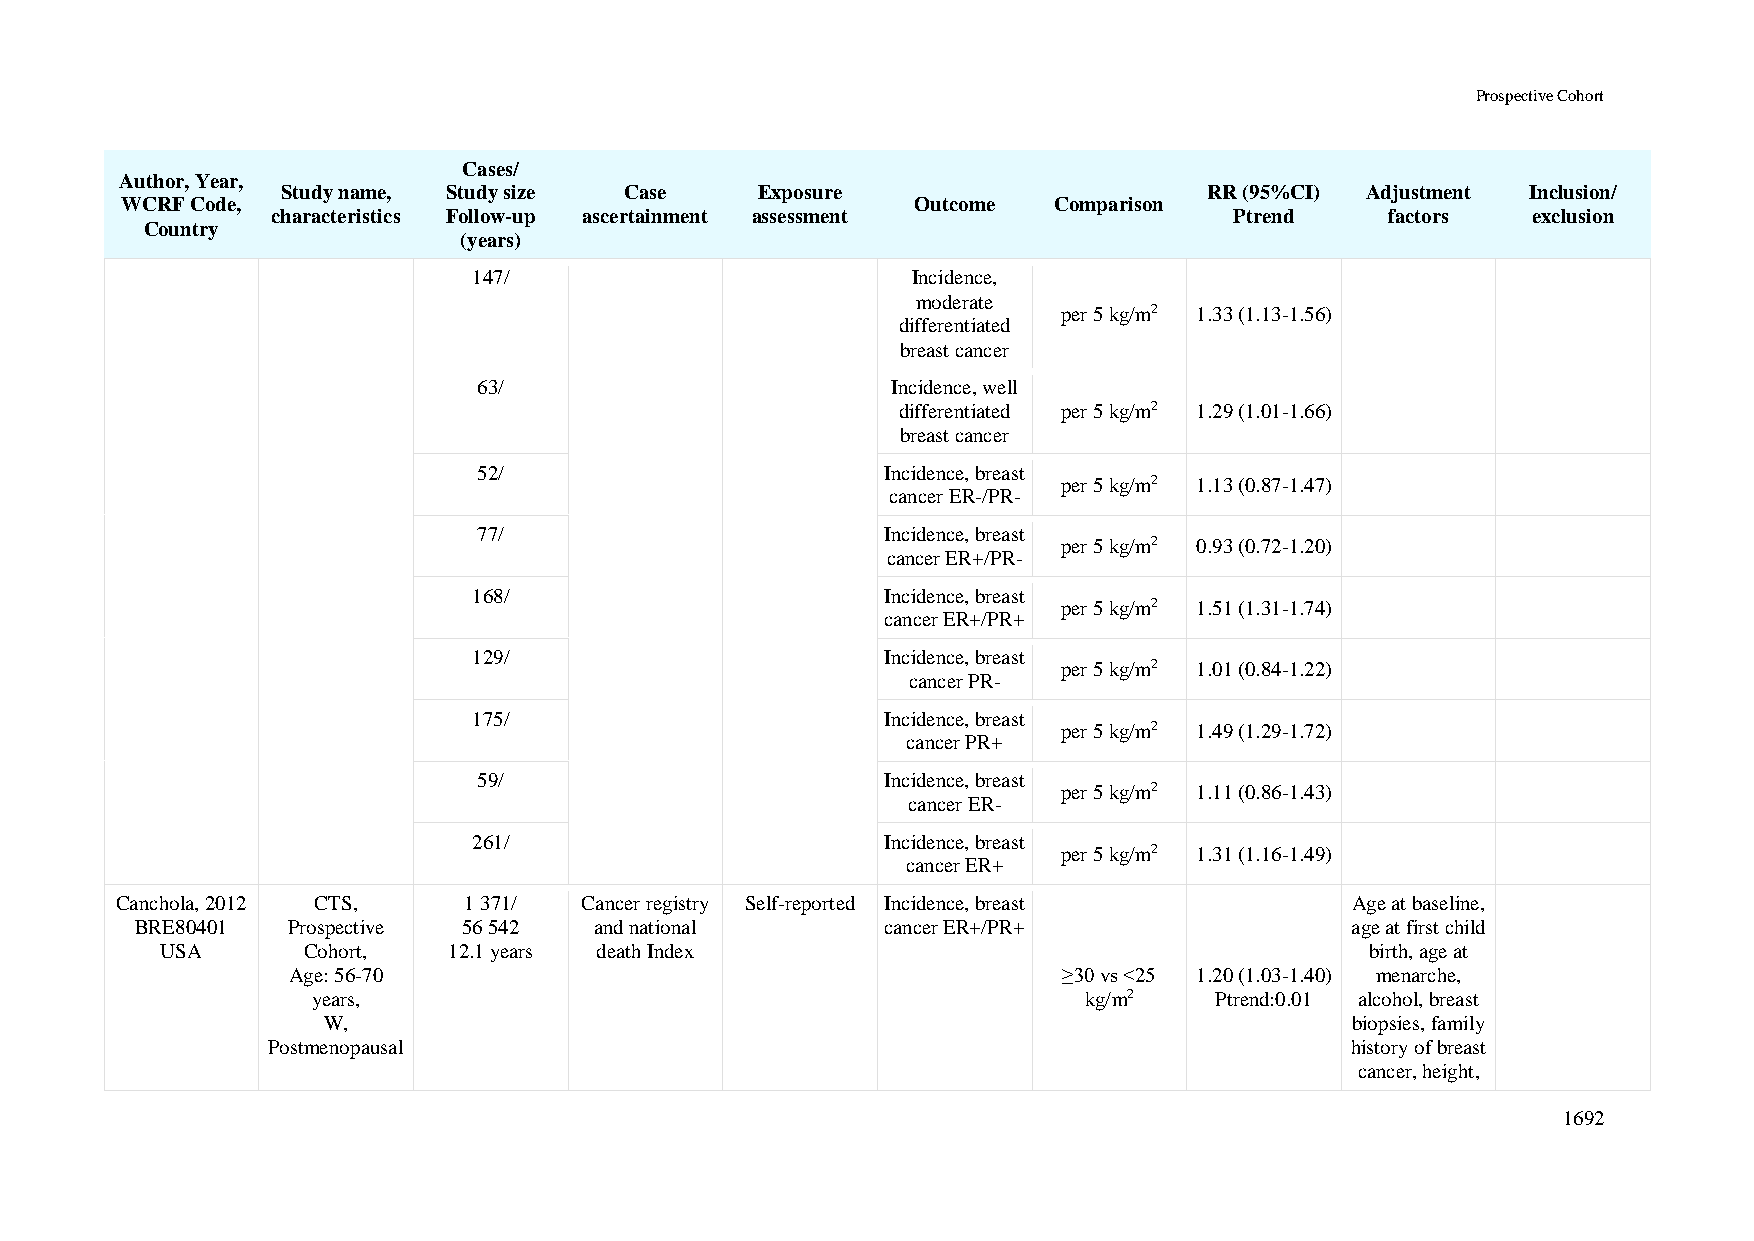
Prospective Cohort
 Cases/
 Author, Year,
 Study name, Study size Case    Exposure                      RR (95%CI) Adjustment Inclusion/
 WCRF Code,                                           Outcome  Comparison
 characteristics Follow-up ascertainment assessment              Ptrend    factors  exclusion
 Country
 (years)
 147/                         Incidence,
 moderate
 per 5 kg/m2 1.33 (1.13-1.56)
 differentiated
 breast cancer
 63/                        Incidence, well
 differentiated per 5 kg/m2 1.29 (1.01-1.66)
 breast cancer
 52/                        Incidence, breast
 per 5 kg/m2 1.13 (0.87-1.47)
 cancer ER-/PR-
 77/                        Incidence, breast
 per 5 kg/m2 0.93 (0.72-1.20)
 cancer ER+/PR-
 168/                        Incidence, breast
 per 5 kg/m2 1.51 (1.31-1.74)
 cancer ER+/PR+
 129/                        Incidence, breast
 per 5 kg/m2 1.01 (0.84-1.22)
 cancer PR-
 175/                        Incidence, breast
 per 5 kg/m2 1.49 (1.29-1.72)
 cancer PR+
 59/                        Incidence, breast
 per 5 kg/m2 1.11 (0.86-1.43)
 cancer ER-
 261/                        Incidence, breast
 per 5 kg/m2 1.31 (1.16-1.49)
 cancer ER+
 Canchola, 2012 CTS,    1 371/ Cancer registry Self-reported Incidence, breast    Age at baseline,
 BRE80401  Prospective 56 542  and national        cancer ER+/PR+                age at first child
 USA      Cohort,   12.1 years death Index                                       birth, age at
 Age: 56-70                                         ≥30 vs <25 1.20 (1.03-1.40) menarche,
 years,                                             kg/m2   Ptrend:0.01 alcohol, breast
 W,                                                                   biopsies, family
 Postmenopausal                                                         history of breast
 cancer, height,
 1692